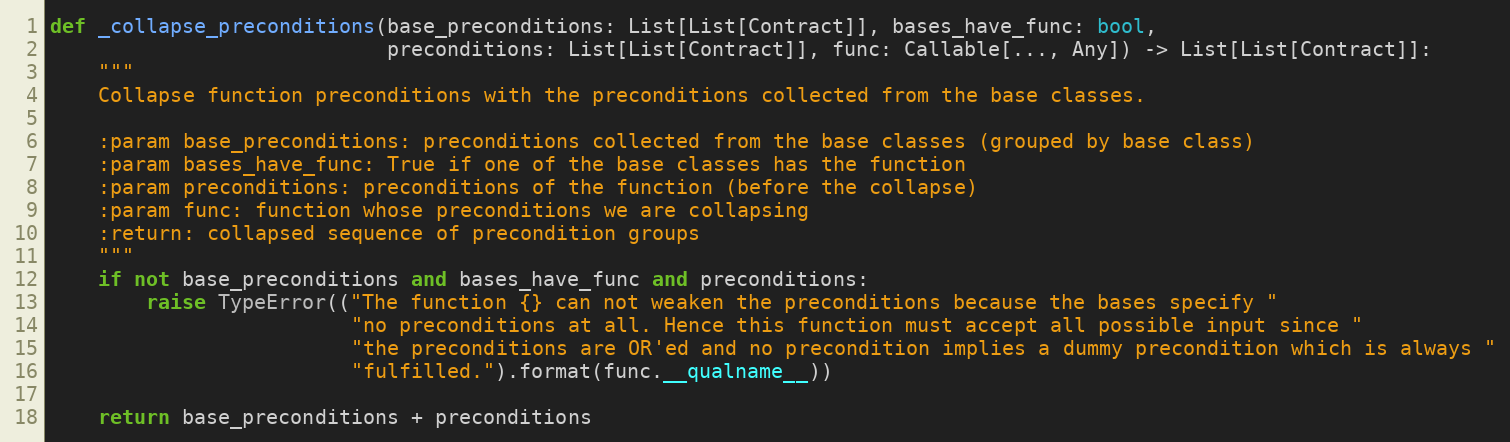
Language: Python
def _collapse_preconditions(base_preconditions: List[List[Contract]], bases_have_func: bool,
                            preconditions: List[List[Contract]], func: Callable[..., Any]) -> List[List[Contract]]:
    """
    Collapse function preconditions with the preconditions collected from the base classes.

    :param base_preconditions: preconditions collected from the base classes (grouped by base class)
    :param bases_have_func: True if one of the base classes has the function
    :param preconditions: preconditions of the function (before the collapse)
    :param func: function whose preconditions we are collapsing
    :return: collapsed sequence of precondition groups
    """
    if not base_preconditions and bases_have_func and preconditions:
        raise TypeError(("The function {} can not weaken the preconditions because the bases specify "
                         "no preconditions at all. Hence this function must accept all possible input since "
                         "the preconditions are OR'ed and no precondition implies a dummy precondition which is always "
                         "fulfilled.").format(func.__qualname__))

    return base_preconditions + preconditions